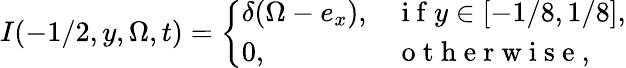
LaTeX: I(-1/2,y,\Omega,t)=\left\{ \begin{array}{ll}{\delta(\Omega-e_{x}),}&{\mathrm{~i~f~}y\in[-1/8,1/8],}\\ {0,}&{\mathrm{~o~t~h~e~r~w~i~s~e~},}\end{array}\right.